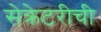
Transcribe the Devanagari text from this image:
सेक्रेटरीची